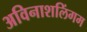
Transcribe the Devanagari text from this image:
अविनाशलिंगम